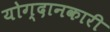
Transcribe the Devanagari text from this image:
योग्दानकारी